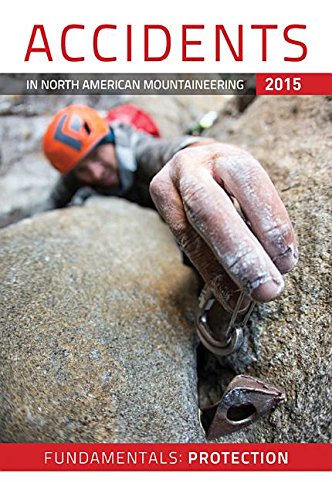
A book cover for Accidents in North American Mountaineers Books 2015 (Accidents in North American Mountaineering); Dougald Macdonald; Sports & Outdoors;